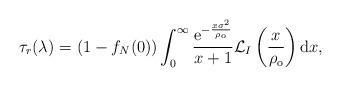
LaTeX: \begin{align*} \tau_{r}(\lambda_{}) = (1-f_N(0)) \int_0^\infty \frac{\mathrm{e}^{-\frac{x \sigma^2}{\rho_{\mathrm{o}}}}}{x+1} \mathcal{L}_I \left( \frac{x}{\rho_{\mathrm{o}}} \right) \mathrm{d}x,\end{align*}